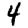
Digit: 4